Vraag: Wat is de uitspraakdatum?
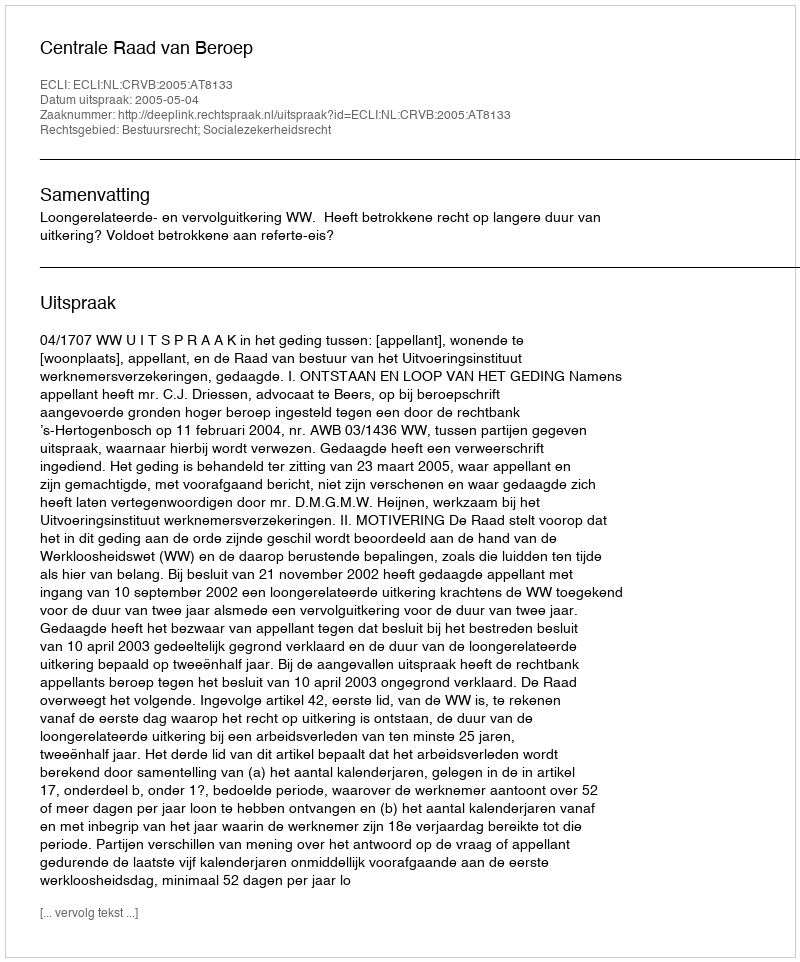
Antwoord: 2005-05-04